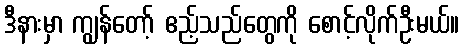
ဒီနားမှာ ကျွန်တော့် ဧည့်သည်တွေကို စောင့်လိုက်ဦးမယ်။